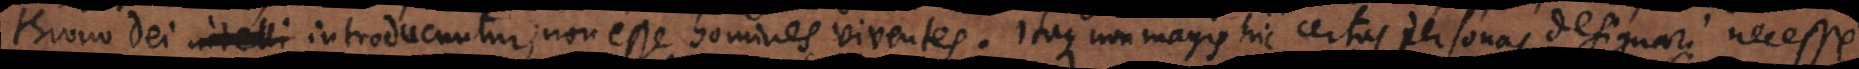
throno Dei intelli introducuntur, non esse homines viventes. Itaque non magis hic certas personas designari necesse